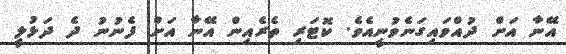
އޭނާ އަށް ދުއްވައިގަނެވުނީއެވެ. ކޮޓަރި ތެރެއިން އޭނާ އަށް ފެނުނު ދެ ދަޅުލީ